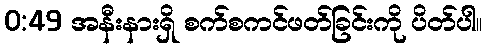
0:49 အနီးနားရှိ စက်စကင်ဖတ်ခြင်းကို ပိတ်ပါ။